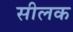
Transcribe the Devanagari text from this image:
सीलक